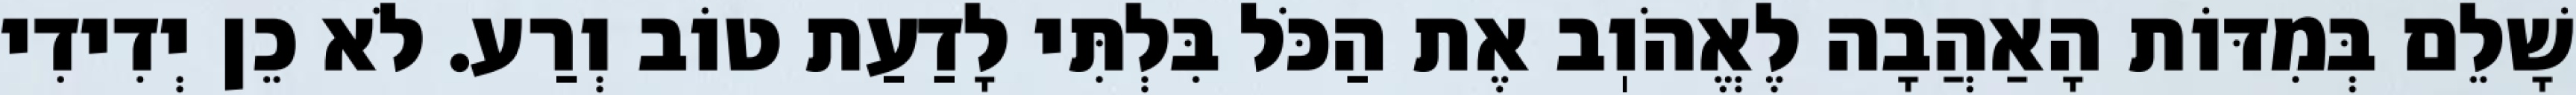
שָׁלֵם בְּמִדּוֹת הָאַהֲבָה לֶאֱהֹוֽב אֶת הַכֹּל בִּלְתִּי לָדַעַת טוֹב וְרַע. לֹא כֵן יְדִידִי